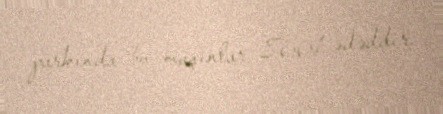
parkında bu maşınlar 8661 ədəddir.